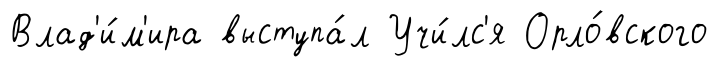
Влад'и́м'ира выступа́л Учи́лс'я Орло́вского